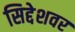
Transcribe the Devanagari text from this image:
सिद्देशवर